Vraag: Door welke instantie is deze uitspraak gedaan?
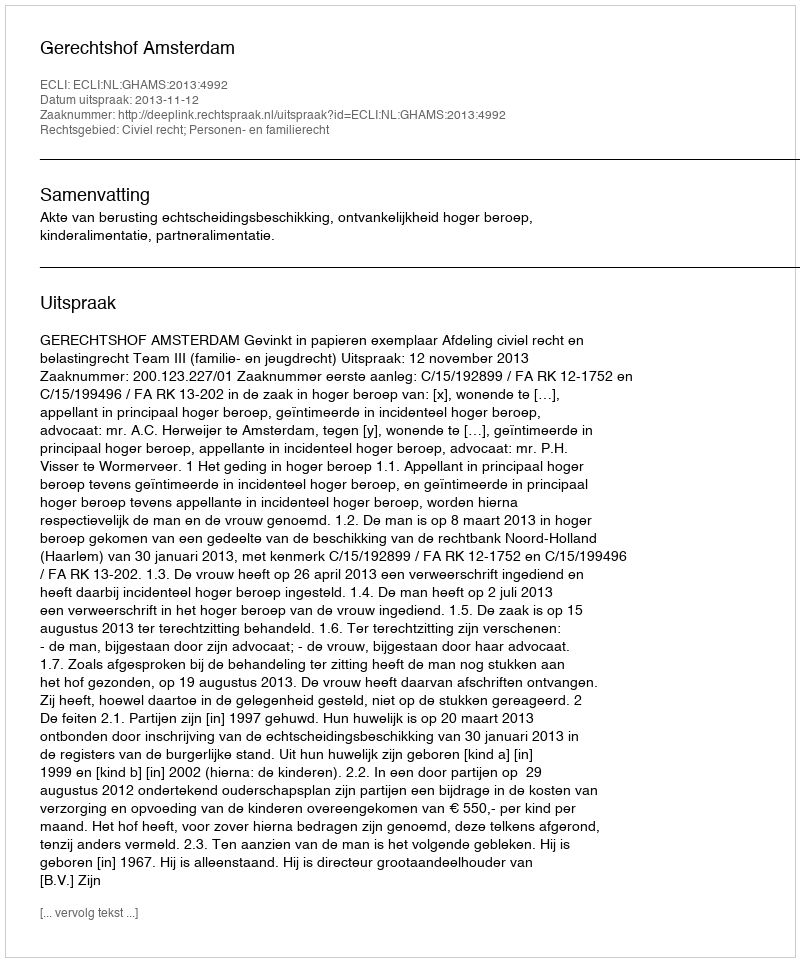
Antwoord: Gerechtshof Amsterdam